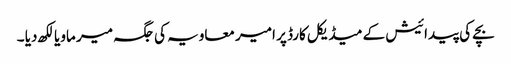
بچے کی پیدائیش کے میڈیکل کارڈ پر امیر معاویہ کی جگہ میر ماویا لکھ دیا ۔